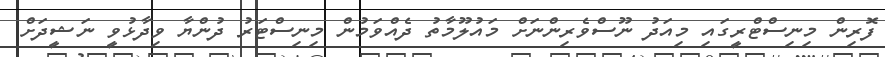
ފޮރިން މިނިސްޓްރީގައި މިއަދު ނޫސްވެރިންނަށް މައުލޫމާތު ދެއްވަމުން މިނިސްޓަރު ދުންޔާ ވިދާޅުވީ ނަޝީދަށް